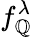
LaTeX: f_{\mathbb{Q}}^{\lambda}